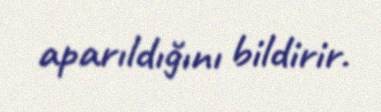
aparıldığını bildirir.